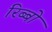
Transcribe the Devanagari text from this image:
रिब्बो